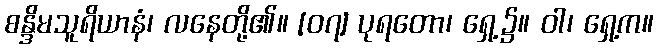
စန္ဒိမသူရိယာနံ၊ လနေတို့၏။ [၀၇] ပုရတော၊ ရှေ့၌။ ဝါ၊ ရှေ့က။